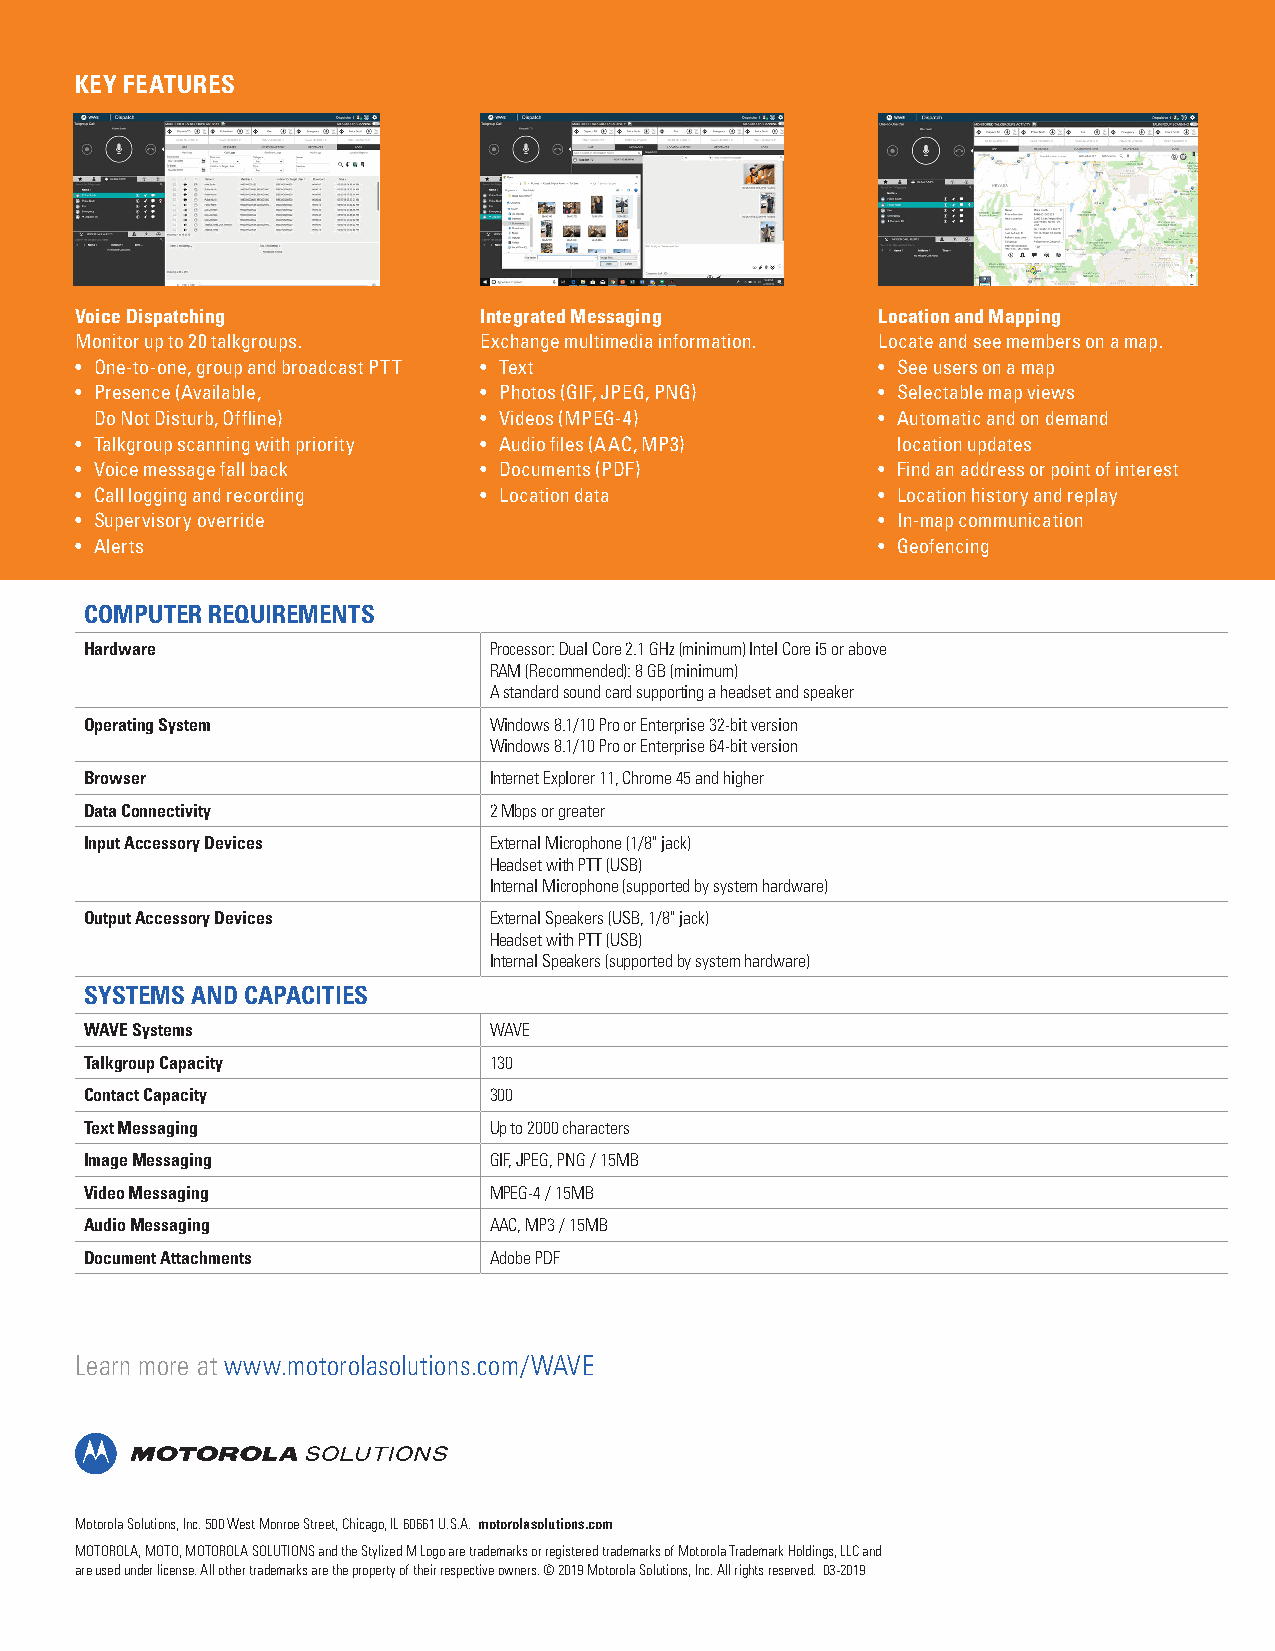
KEY FEATURES
 Voice Dispatching          Integrated Messaging      Location and Mapping
 Monitor up to 20 talkgroups. Exchange multimedia information. Locate and see members on a map.
 • One-to-one, group and broadcast PTT • Text         • See users on a map
 • Presence (Available,     • Photos (GIF, JPEG, PNG) • Selectable map views
 Do Not Disturb, Offline)  • Videos (MPEG-4)         • Automatic and on demand
 • Talkgroup scanning with priority • Audio files (AAC, MP3) location updates
 • Voice message fall back  • Documents (PDF)         • Find an address or point of interest
 • Call logging and recording • Location data         • Location history and replay
 • Supervisory override                               • In-map communication
 • Alerts                                             • Geofencing
 COMPUTER REQUIREMENTS
 Hardware                  Processor: Dual Core 2.1 GHz (minimum) Intel Core i5 or above
 RAM (Recommended): 8 GB (minimum)
 A standard sound card supporting a headset and speaker
 Operating System          Windows 8.1/10 Pro or Enterprise 32-bit version
 Windows 8.1/10 Pro or Enterprise 64-bit version
 Browser                   Internet Explorer 11, Chrome 45 and higher
 Data Connectivity         2 Mbps or greater
 Input Accessory Devices   External Microphone (1/8" jack)
 Headset with PTT (USB)
 Internal Microphone (supported by system hardware)
 Output Accessory Devices  External Speakers (USB, 1/8" jack)
 Headset with PTT (USB)
 Internal Speakers (supported by system hardware)
 SYSTEMS AND CAPACITIES
 WAVE Systems              WAVE
 Talkgroup Capacity        130
 Contact Capacity          300
 Text Messaging            Up to 2000 characters
 Image Messaging           GIF, JPEG, PNG / 15MB
 Video Messaging           MPEG-4 / 15MB
 Audio Messaging           AAC, MP3 / 15MB
 Document Attachments      Adobe PDF
 Learn more at www.motorolasolutions.com/WAVE
 Motorola Solutions, Inc. 500 West Monroe Street, Chicago, IL 60661 U.S.A. motorolasolutions.com
 MOTOROLA, MOTO, MOTOROLA SOLUTIONS and the Stylized M Logo are trademarks or registered trademarks of Motorola Trademark Holdings, LLC and
 are used under license. All other trademarks are the property of their respective owners. © 2019 Motorola Solutions, Inc. All rights reserved. 03-2019 LC